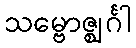
သမ္ဗောဇ္ဈင်္ဂါ